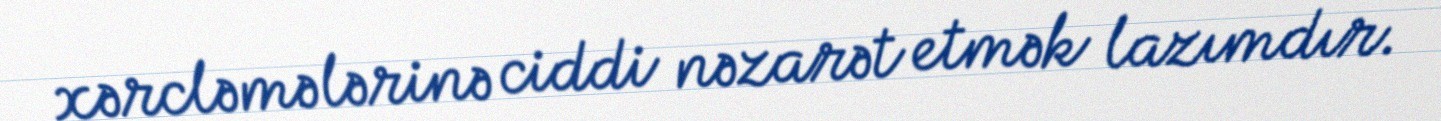
xərcləmələrinə ciddi nəzarət etmək lazımdır.